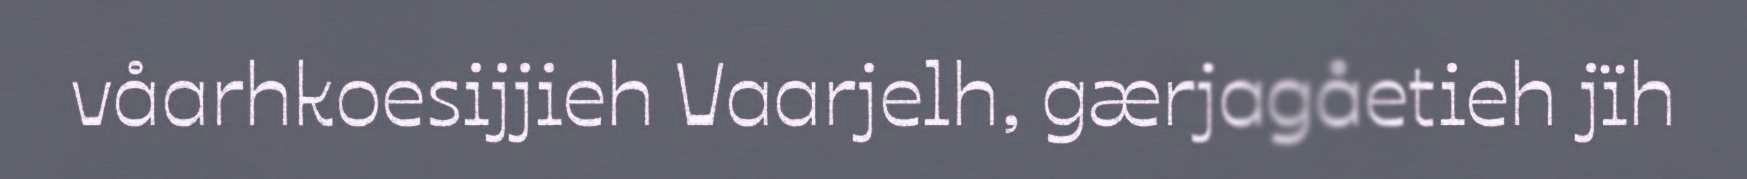
våarhkoesijjieh Vaarjelh, gærjagåetieh jïh